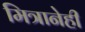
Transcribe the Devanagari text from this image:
मित्रानेही